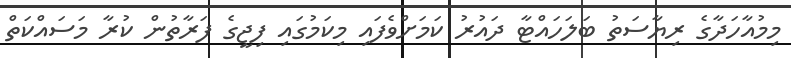
މިމުއާހަދާގެ ރިޔާސަތު ބަލަހައްޓާ ދައުރު ކަމަށްވެފައި މިކަމުގައި ފިޖީގެ ފަރާތުން ކުރާ މަސައްކަތް